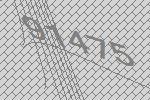
91475